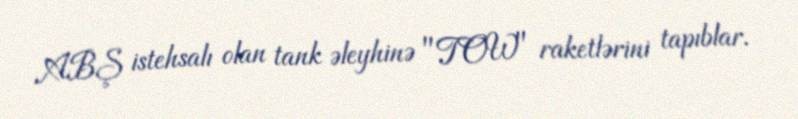
ABŞ istehsalı olan tank əleyhinə "TOW" raketlərini tapıblar.